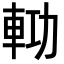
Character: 𨋝